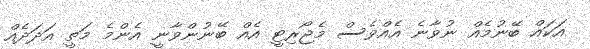
އަކައް ބޭނުމެއް ނުވާނެ އެއްވެސް މެޖޯރިޓީ އެއް ބޭނުންވާނީ އެންމެ މަތީ އަދަދެއް